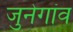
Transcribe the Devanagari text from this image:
जुनेगांव